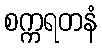
စက္ကရတနံ